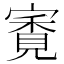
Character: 𡪳